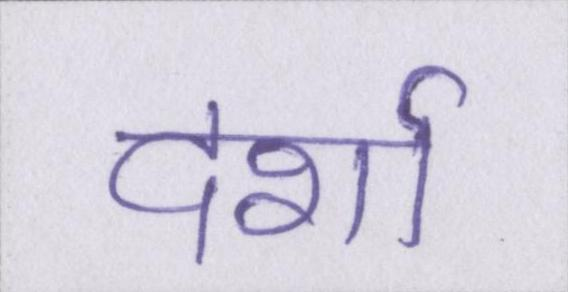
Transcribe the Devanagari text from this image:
दर्शा